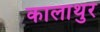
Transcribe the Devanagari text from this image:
कालाथुर